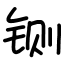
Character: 铡